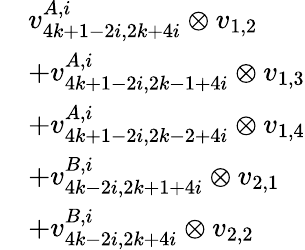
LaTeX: \begin{array}{rl}&{v_{4k+1-2i,2k+4i}^{A,i}\otimes v_{1,2}}\\ &{+v_{4k+1-2i,2k-1+4i}^{A,i}\otimes v_{1,3}}\\ &{+v_{4k+1-2i,2k-2+4i}^{A,i}\otimes v_{1,4}}\\ &{+v_{4k-2i,2k+1+4i}^{B,i}\otimes v_{2,1}}\\ &{+v_{4k-2i,2k+4i}^{B,i}\otimes v_{2,2}}\end{array}